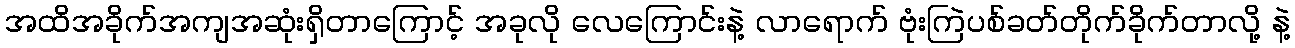
အထိအခိုက်အကျအဆုံးရှိတာကြောင့် အခုလို လေကြောင်းနဲ့ လာရောက် ဗုံးကြဲပစ်ခတ်တိုက်ခိုက်တာလို့ နဲ့